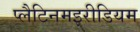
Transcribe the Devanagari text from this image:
प्लैटिनमइरीडियम